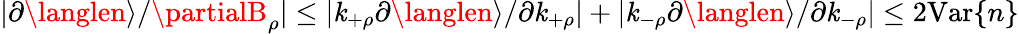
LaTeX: |\partial\langlen\rangle/\partialB_{\rho}|\leq|\mathit{k}_{+\rho}\partial\langlen\rangle/\partial\mathit{k}_{+\rho}|+|\mathit{k}_{-\rho}\partial\langlen\rangle/\partial\mathit{k}_{-\rho}|\leq2\mathrm{{Var}}\{ n\}